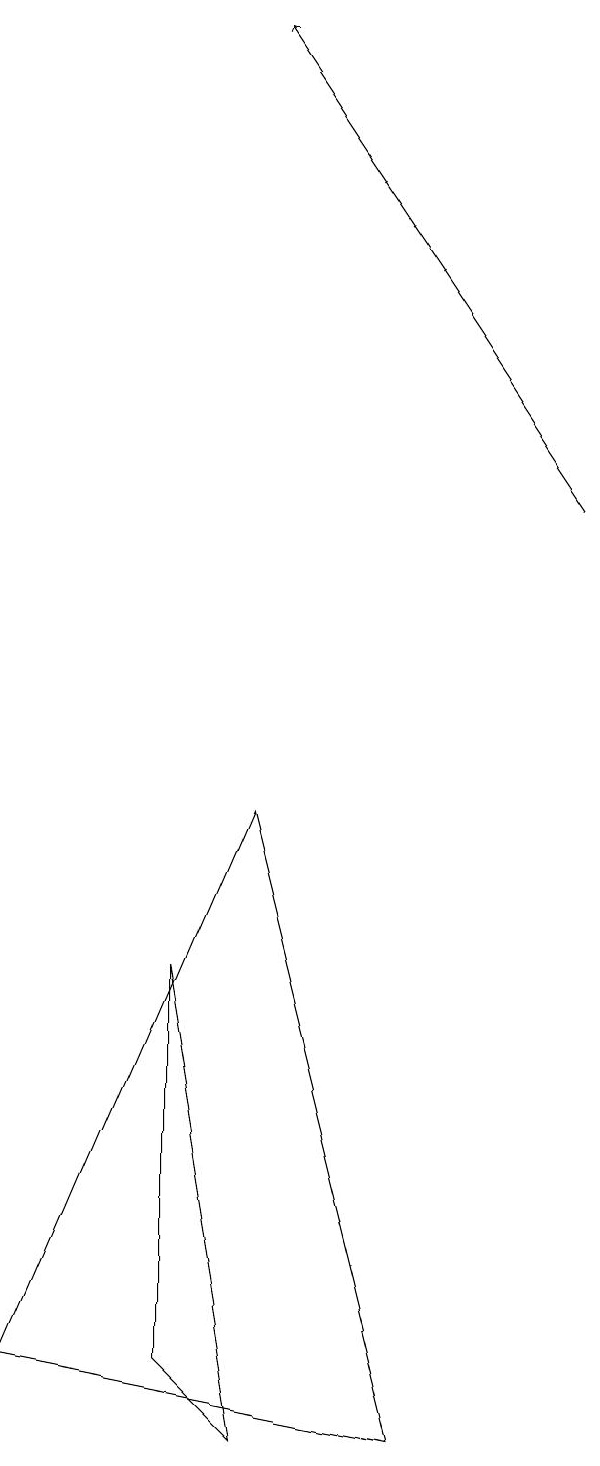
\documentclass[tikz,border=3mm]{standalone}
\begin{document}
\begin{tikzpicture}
\draw[->] (7,13) -- (3,19);
\draw (5,1) -- (3,9) -- (0,2) -- cycle;
\draw (2,7) -- (2,2) -- (3,1) -- cycle;
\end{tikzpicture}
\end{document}